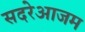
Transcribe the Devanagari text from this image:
सदरेआजम